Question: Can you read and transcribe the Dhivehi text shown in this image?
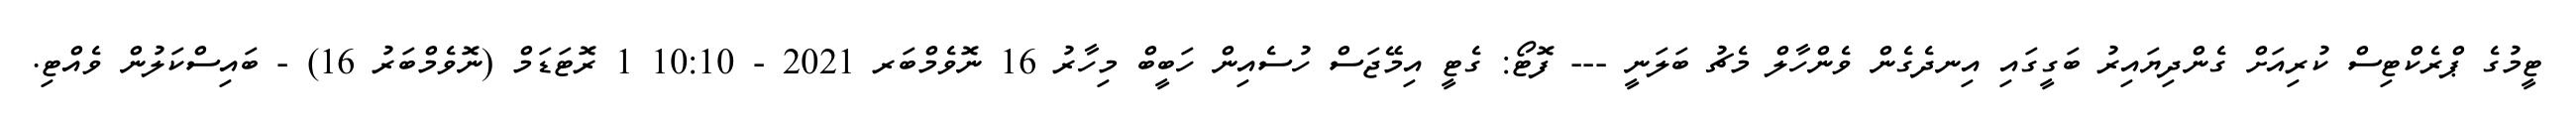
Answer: ޓީމުގެ ޕްރެކްޓިސް ކުރިއަށް ގެންދިޔައިރު ބަގީގައި އިނދެގެން ވެންހާލް މެޗު ބަލަނީ --- ފޮޓޯ: ގެޓީ އިމޭޖަސް ހުސެއިން ހަބީބް މިހާރު 16 ނޮވެމްބަރ 2021 - 10:10 1 ރޮޓަޑަމް (ނޮވެމްބަރު 16) - ބައިސްކަލުން ވެއްޓި.